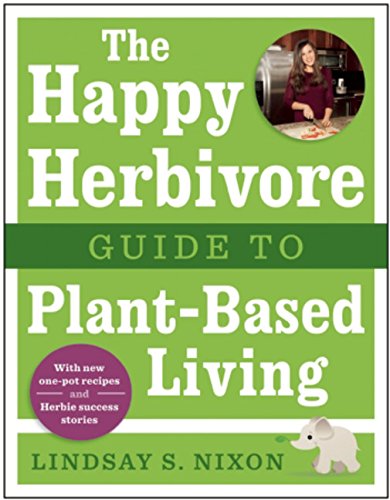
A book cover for The Happy Herbivore Guide to Plant-Based Living; Lindsay S. Nixon; Health, Fitness & Dieting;